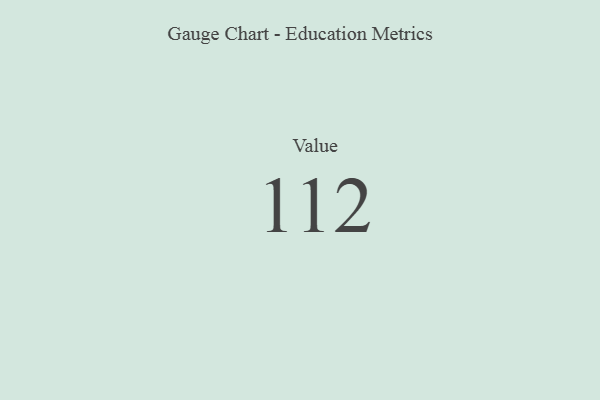
{"axis": {"x": "Metric", "y": "Value"}, "legend": [""], "data": [{"x": "Value", "y": 112, "type": ""}]}